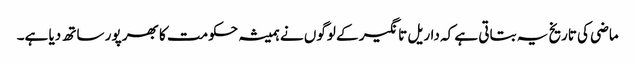
ماضی کی تاریخ یہ بتاتی ہے کہ داریل تانگیر کے لوگوں نے ہمیشہ حکومت کا بھر پور ساتھ دیا ہے۔